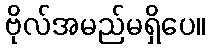
ဗိုလ်အမည်မရှိပေ။